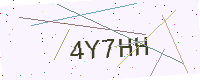
Text: 4Y7HH